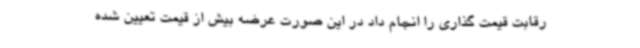
رقابت قیمت گذاری را انجام داد در این صورت عرضه بیش از قیمت تعیین شده